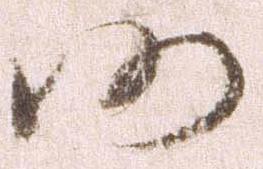
仍